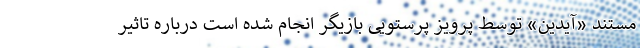
مستند «آیدین» توسط پرویز پرستویی بازیگر انجام شده است درباره تاثیر